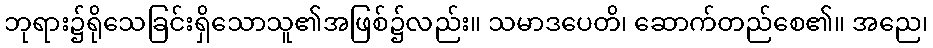
ဘုရား၌ရိုသေခြင်းရှိသောသူ၏အဖြစ်၌လည်း။ သမာဒပေတိ၊ ဆောက်တည်စေ၏။ အညေ၊